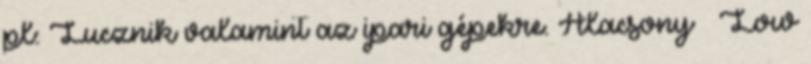
pl: Lucznik valamint az ipari gépekre. Alacsony – Low